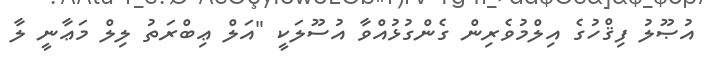
އުޞޫލު ފިޤްހުގެ އިލްމުވެރިން ގެންގުޅުއްވާ އުސޫލަކީ "އަލް ޢިބްރަތު ލިލް މަޢާނީ ލާ